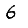
Digit: 6